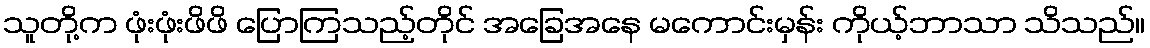
သူတို့က ဖုံးဖုံးဖိဖိ ပြောကြသည့်တိုင် အခြေအနေ မကောင်းမှန်း ကိုယ့်ဘာသာ သိသည်။